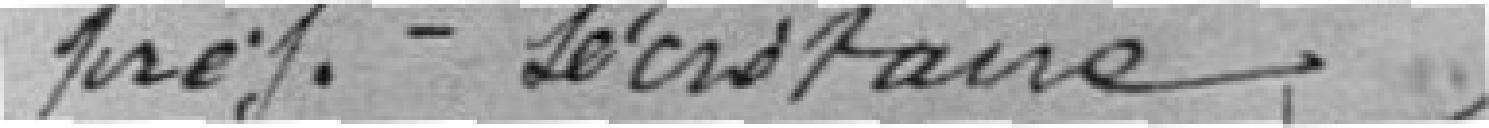
préfecture secrétaire